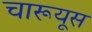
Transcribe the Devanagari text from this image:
चारूयूस